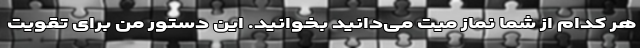
هر کدام از شما نماز میت می‌دانید بخوانید. این دستور من برای تقویت